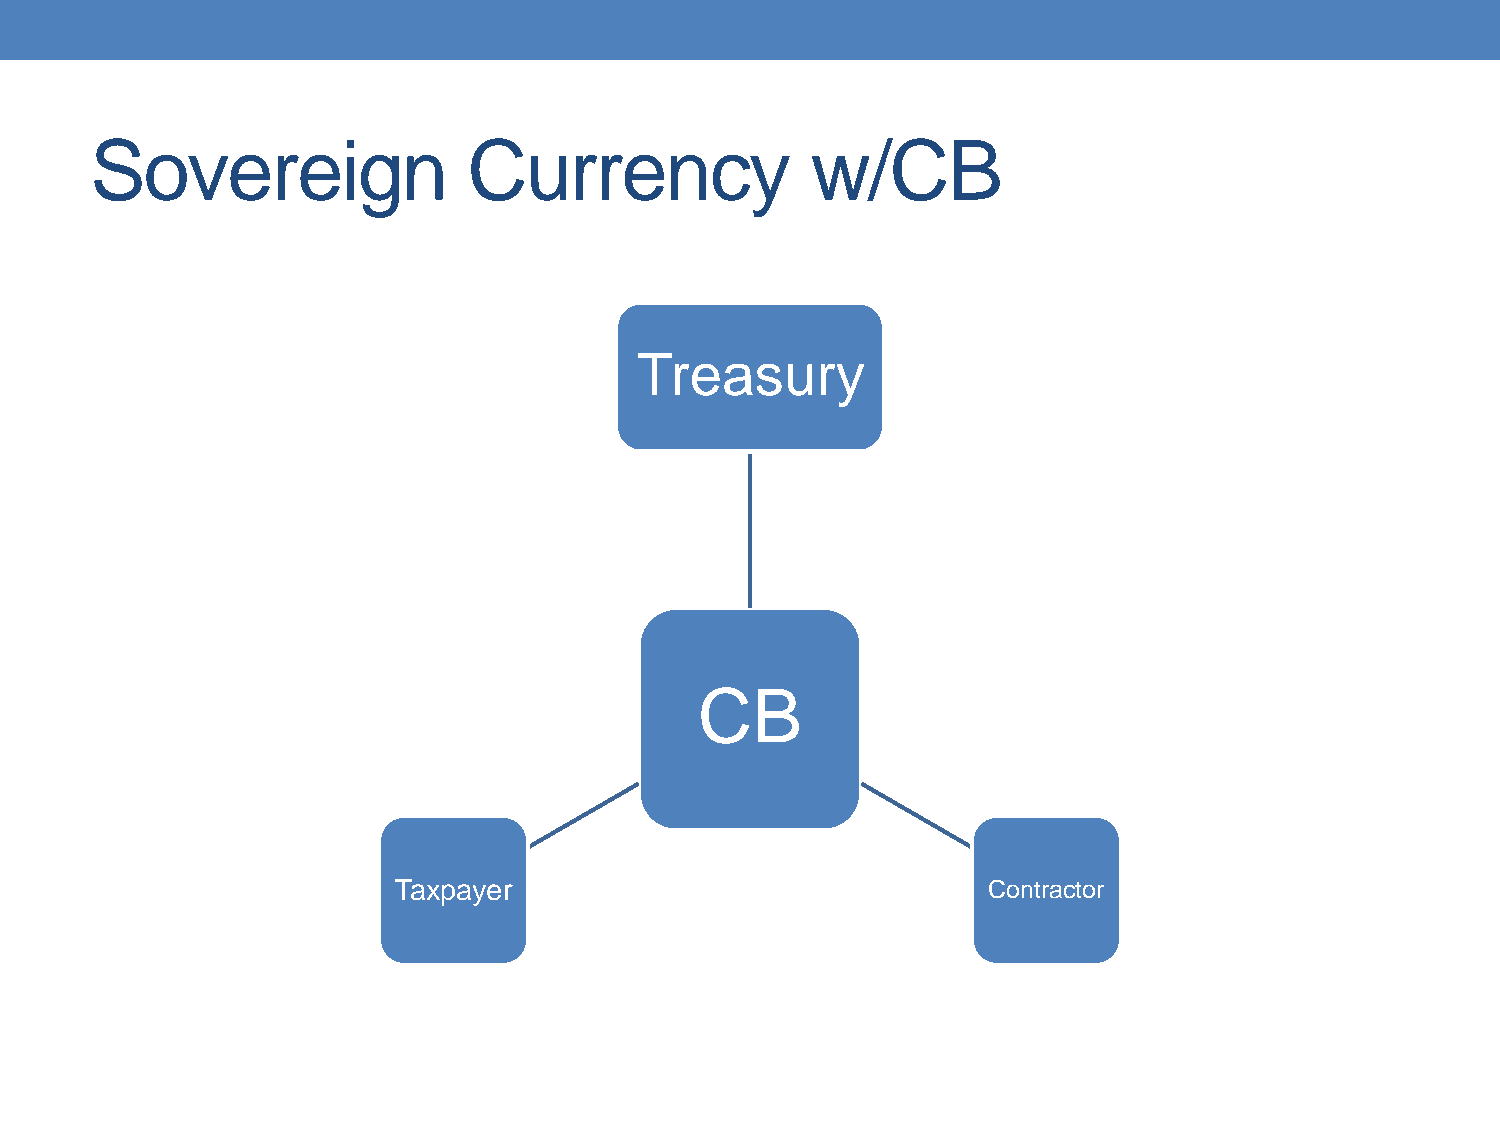
Sovereign                Currency               w/CB
 Treasury
 CB
 Taxpayer                               Contractor